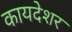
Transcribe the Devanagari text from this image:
कायदेशर